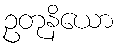
ဥတုနိယော